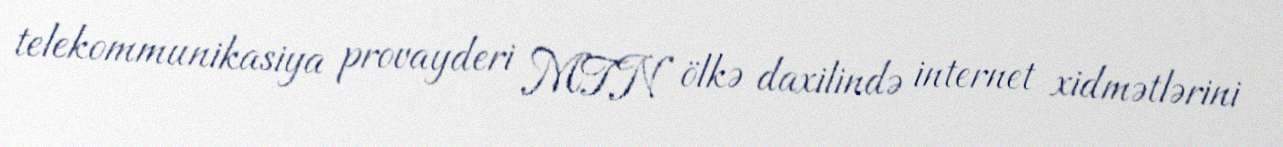
telekommunikasiya provayderi MTN ölkə daxilində internet xidmətlərini